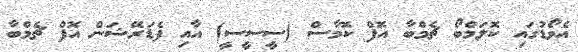
އެވޯޑުގައި ކޮލަމްބޯ ޗެމްބާ އޮފް ކޮމާސް (ސީސީސީ) އާއި ފެޑަރޭޝަން އޮފް ޗެމްބާ